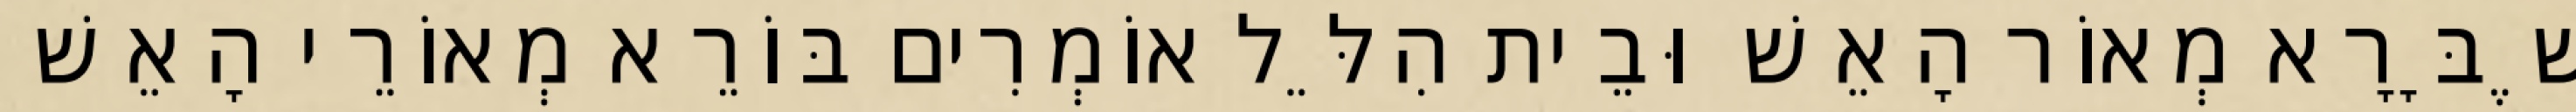
שֶׁבָּרָא מְאוֹר הָאֵשׁ וּבֵית הִלֵּל אוֹמְרִים בּוֹרֵא מְאוֹרֵי הָאֵשׁ